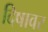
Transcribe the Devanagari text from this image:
दिषावर